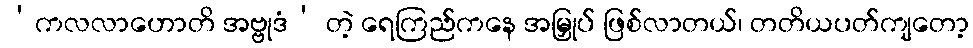
‘ကလလာဟောတိ အဗ္ဗုဒံ’ တဲ့ ရေကြည်ကနေ အမြှုပ် ဖြစ်လာတယ်၊ တတိယပတ်ကျတော့